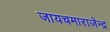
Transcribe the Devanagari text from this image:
जायचमाराजेन्द्र